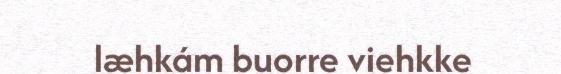
læhkám buorre viehkke